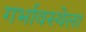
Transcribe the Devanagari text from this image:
गर्भावस्थेला